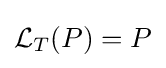
{\mathcal {L}}_{T}(P)=P